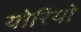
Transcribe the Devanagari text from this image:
योरियो